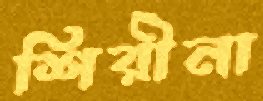
শিরীনা